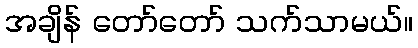
အချိန် တော်တော် သက်သာမယ်။